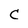
Character: c